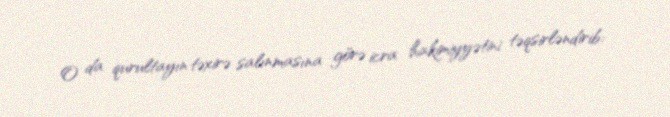
O da qurultayın təxirə salınmasına görə icra hakimiyyətini təqsirləndirib: